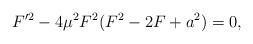
\begin{align*}F'^2-4\mu^2F^2(F^2-2F+a^2) = 0, \end{align*}